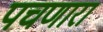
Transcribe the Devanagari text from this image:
पचणारा